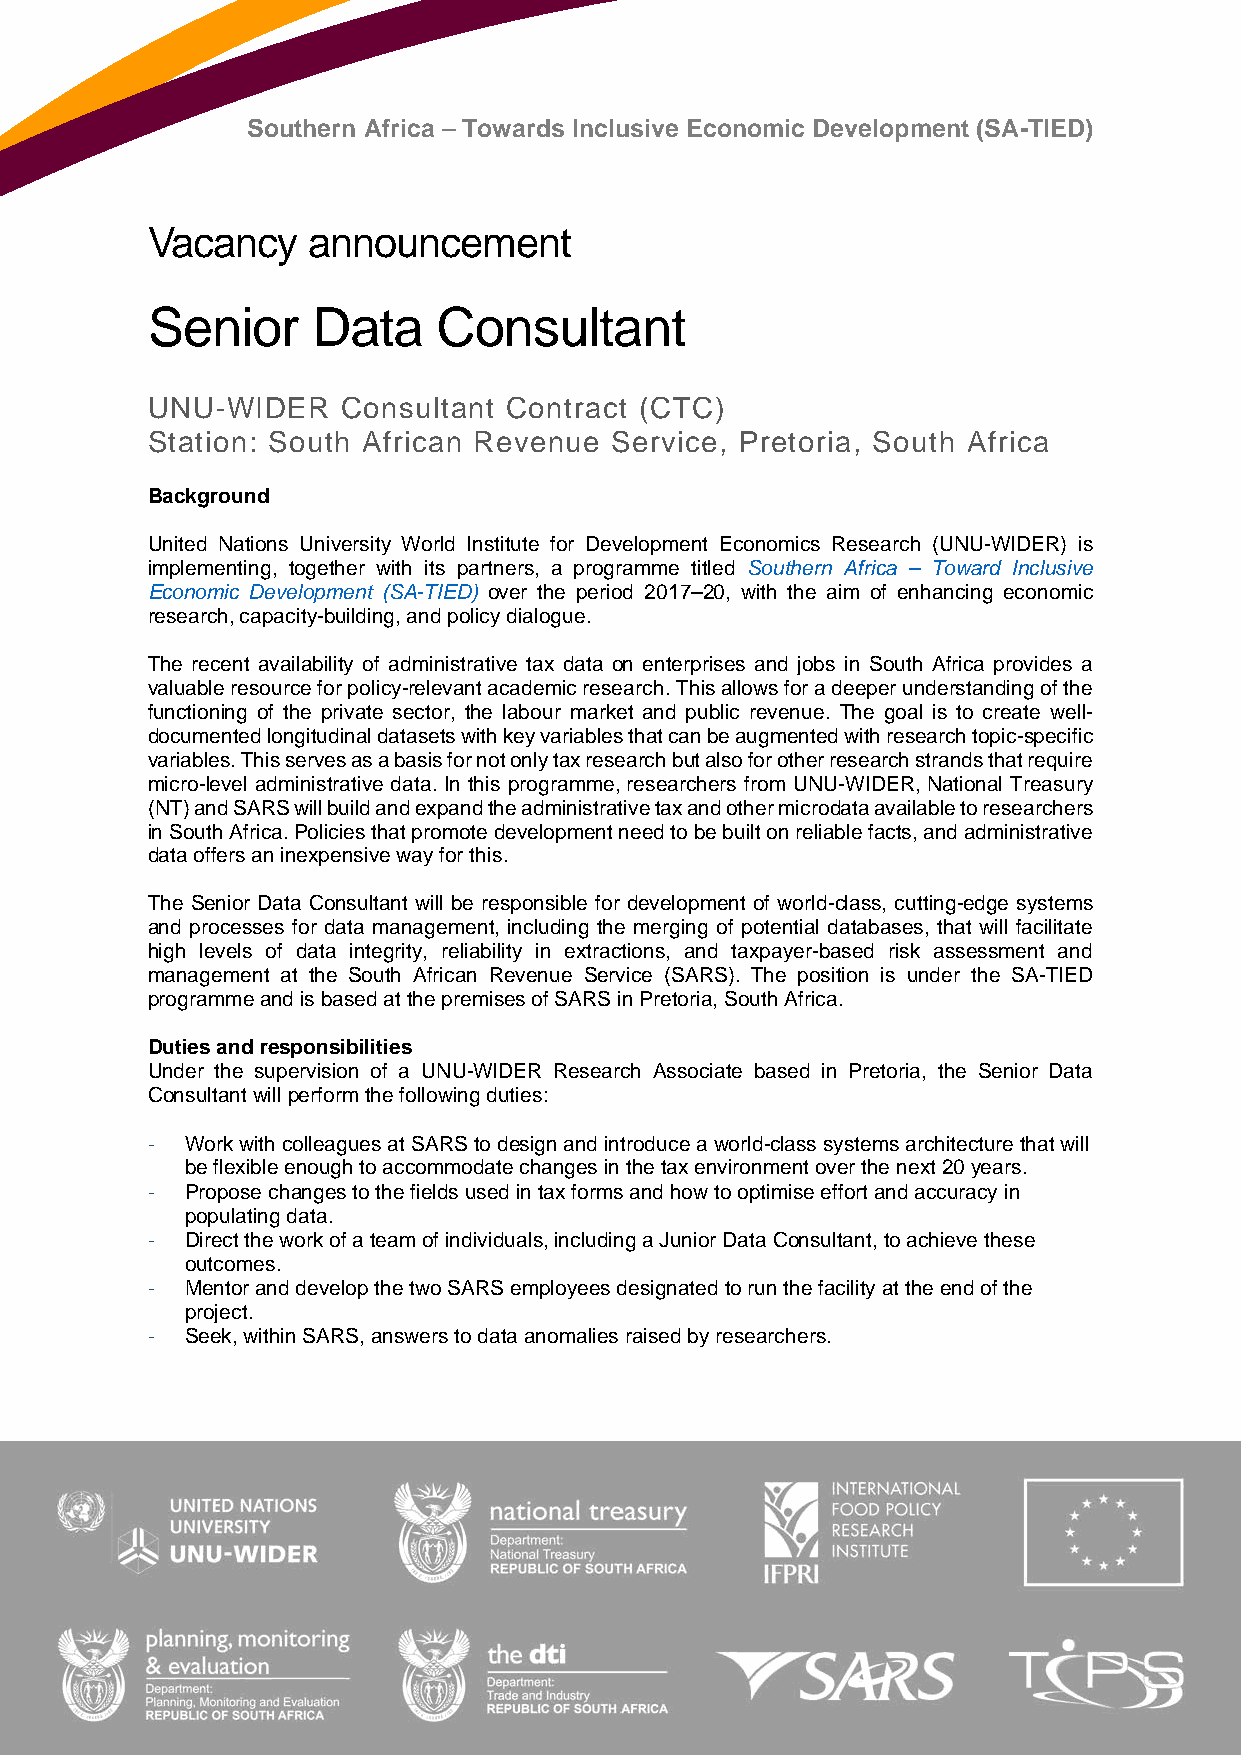
Southern Africa – Towards Inclusive Economic Development (SA-TIED)
 Vacancy   announcement
 Senior     Data    Consultant
 UNU-WIDER    Consultant Contract (CTC)
 Station: South African Revenue Service, Pretoria, South Africa
 Background
 United Nations University World Institute for Development Economics Research (UNU-WIDER) is
 implementing, together with its partners, a programme titled Southern Africa – Toward Inclusive
 Economic Development (SA-TIED) over the period 2017–20, with the aim of enhancing economic
 research, capacity-building, and policy dialogue.
 The recent availability of administrative tax data on enterprises and jobs in South Africa provides a
 valuable resource for policy-relevant academic research. This allows for a deeper understanding of the
 functioning of the private sector, the labour market and public revenue. The goal is to create well-
 documented longitudinal datasets with key variables that can be augmented with research topic-specific
 variables. This serves as a basis for not only tax research but also for other research strands that require
 micro-level administrative data. In this programme, researchers from UNU-WIDER, National Treasury
 (NT) and SARS will build and expand the administrative tax and other microdata available to researchers
 in South Africa. Policies that promote development need to be built on reliable facts, and administrative
 data offers an inexpensive way for this.
 The Senior Data Consultant will be responsible for development of world-class, cutting-edge systems
 and processes for data management, including the merging of potential databases, that will facilitate
 high levels of data integrity, reliability in extractions, and taxpayer-based risk assessment and
 management at the South African Revenue Service (SARS). The position is under the SA-TIED
 programme and is based at the premises of SARS in Pretoria, South Africa.
 Duties and responsibilities
 Under the supervision of a UNU-WIDER Research Associate based in Pretoria, the Senior Data
 Consultant will perform the following duties:
 - Work with colleagues at SARS to design and introduce a world-class systems architecture that will
 be flexible enough to accommodate changes in the tax environment over the next 20 years.
 - Propose changes to the fields used in tax forms and how to optimise effort and accuracy in
 populating data.
 - Direct the work of a team of individuals, including a Junior Data Consultant, to achieve these
 outcomes.
 - Mentor and develop the two SARS employees designated to run the facility at the end of the
 project.
 - Seek, within SARS, answers to data anomalies raised by researchers.